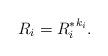
LaTeX: \begin{align*}R_i={R^*_i}^{k_i}.\end{align*}